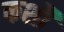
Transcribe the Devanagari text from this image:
कर्शौ